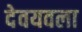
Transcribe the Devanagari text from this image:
देवयवला